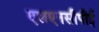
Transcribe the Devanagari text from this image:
एलएनसीपीई